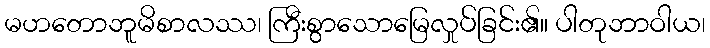
မဟတောဘူမိစာလဿ၊ ကြီးစွာသောမြေလှုပ်ခြင်း၏။ ပါတုဘာဝါယ၊